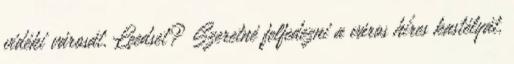
vidéki városát, Leedset? Szeretné felfedezni a város híres kastélyát,